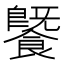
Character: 𩞚